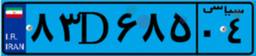
۸۳D۶۸۵۰۴